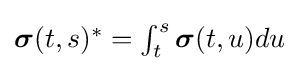
\textstyle {\boldsymbol {\sigma }}(t,s)^{*}=\int _{t}^{s}{\boldsymbol {\sigma }}(t,u)du